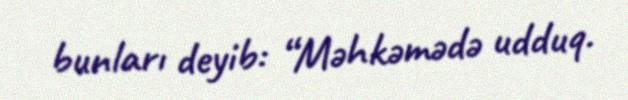
bunları deyib: “Məhkəmədə udduq.